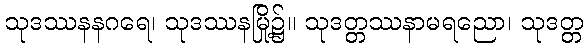
သုဒဿနနဂရေ၊ သုဒဿနမြို့၌။ သုဒတ္တဿနာမရညော၊ သုဒတ္တ